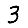
Digit: 3